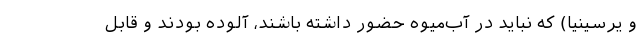
و یرسینیا) که نباید در آب‌میوه حضور داشته‌ باشند، آلوده‌ بودند و قابل